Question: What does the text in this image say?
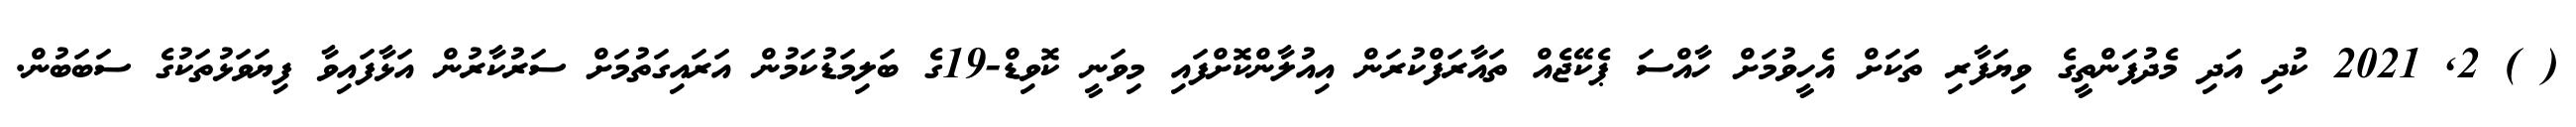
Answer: ( ) 2, 2021 ކުދި އަދި މެދުފަންތީގެ ވިޔަފާރި ތަކަށް އެހީވުމަށް ހާއްސަ ޕެކޭޖެއް ތައާރަފްކުރަން އިއުލާންކޮށްފައި މިވަނީ ކޮވިޑް-19ގެ ބަލިމަޑުކަމުން އަރައިގަތުމަށް ސަރުކާރުން އަޅާފައިވާ ފިޔަވަޅުތަކުގެ ސަބަބުން.